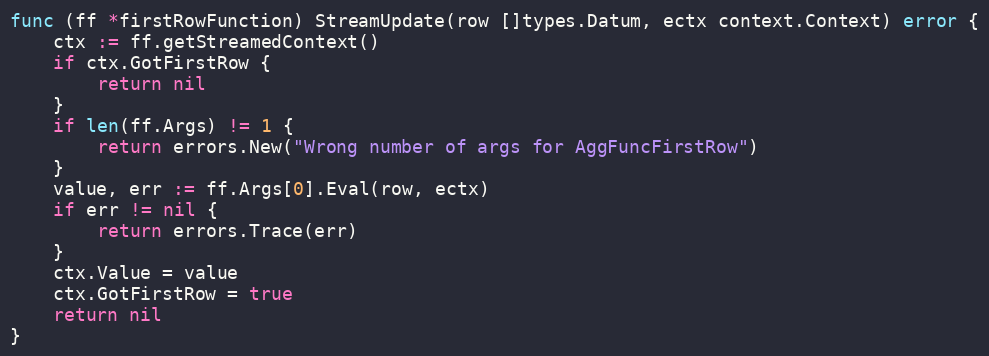
Language: Go
func (ff *firstRowFunction) StreamUpdate(row []types.Datum, ectx context.Context) error {
	ctx := ff.getStreamedContext()
	if ctx.GotFirstRow {
		return nil
	}
	if len(ff.Args) != 1 {
		return errors.New("Wrong number of args for AggFuncFirstRow")
	}
	value, err := ff.Args[0].Eval(row, ectx)
	if err != nil {
		return errors.Trace(err)
	}
	ctx.Value = value
	ctx.GotFirstRow = true
	return nil
}